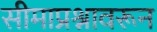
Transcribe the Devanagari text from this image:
सीमाप्रश्नावरून